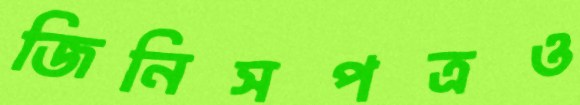
জিনিসপত্রও